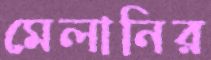
মেলানির